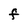
Character: F